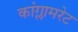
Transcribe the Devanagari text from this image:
कांग्लामरेट